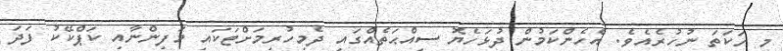
މި ހަކަތަ ނުހުރެއެވެ. އެހެންކަމުން ދުޅަހެޔޮ ސިއްޙަތެއްގައި ދެމިހުރިމަށްޓަކައި މަފިންނާއި ކަޕްކޭކު ފަދަ